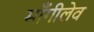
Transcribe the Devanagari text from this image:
माँगीलेव